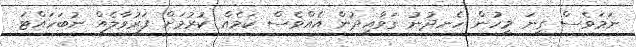
ނަމަވެސް ގިނަ މީހުން ހެނދުނު ގަވާއިދުން އެއްވެސް ކަމެއް ކުރުމަށް ފަރުވާލެއް ނުބަހައްޓަ